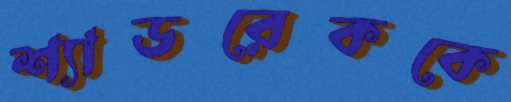
শ্যাডরেককে